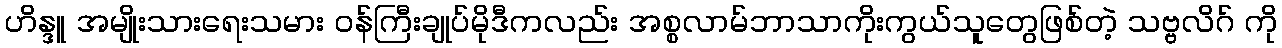
ဟိန္ဒူ အမျိုးသားရေးသမား ဝန်ကြီးချုပ်မိုဒီကလည်း အစ္စလာမ်ဘာသာကိုးကွယ်သူတွေဖြစ်တဲ့ သဗ္ဗလိဂ် ကို